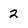
Character: 2